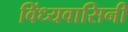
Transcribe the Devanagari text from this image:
विंध्‍यवासिनी